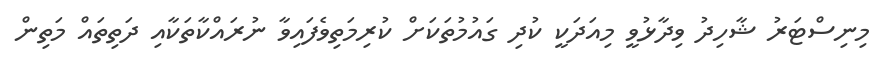
މިނިސްޓަރު ޝާހިދު ވިދާޅުވީ މިއަދަކީ ކުދި ގައުމުތަކަށް ކުރިމަތިވެފައިވާ ނުރައްކާތަކާއި ދަތިތައް މަތިން